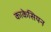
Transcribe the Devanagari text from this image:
काकेसियन